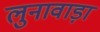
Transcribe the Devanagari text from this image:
लुनावाड़ा